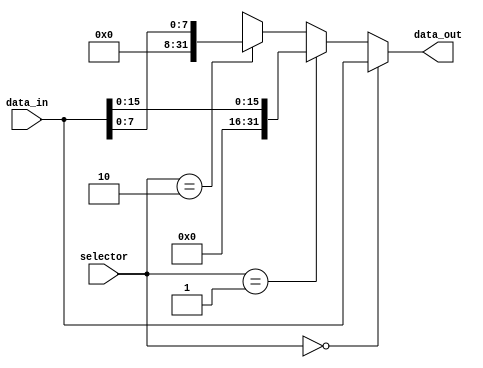
module LoadAux (
    input wire [1:0] selector,
    input wire [31:0] data_in,
    output wire [31:0] data_out
);

    assign data_out = (selector == 2'b00) ? data_in :
                      (selector == 2'b01) ? {16'b0, data_in[15:0]} :
                      (selector == 2'b10) ? {24'b0, data_in[7:0]} :
                      32'dx;

endmodule